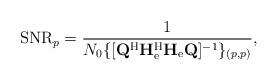
LaTeX: \begin{align*}\mathrm{SNR}_p=\frac{1}{N_0\{[\mathbf{Q}^{\mathrm{H}}\mathbf{H}_{\mathrm{e}}^{\mathrm{H}}\mathbf{H}_{\mathrm{e}}\mathbf{Q}]^{-1}\}_{(p,p)}},\end{align*}